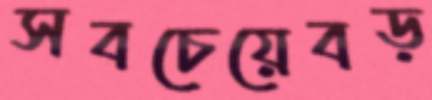
সবচেয়েবড়